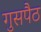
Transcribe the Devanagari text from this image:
गुसपैठ